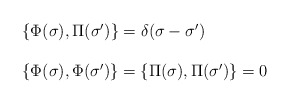
\begin{align*}\begin{array}{ll}\{\Phi(\sigma),\Pi(\sigma^\prime)\} = \delta(\sigma-\sigma^\prime)\\\\\{\Phi(\sigma),\Phi(\sigma')\} = \{\Pi(\sigma),\Pi(\sigma')\} = 0\end{array}\end{align*}